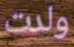
ولدت